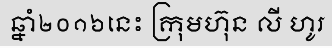
ឆ្នាំ២០១៦នេះ ក្រុមហ៊ុន លី ហូរ